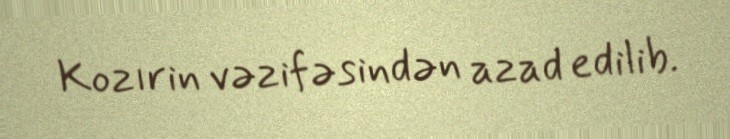
Kozırin vəzifəsindən azad edilib.